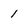
Character: 1